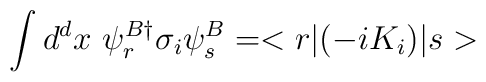
\int d^d x~\psi_r^{B\dagger} \sigma_i \psi_s^B = <r|(-iK_i) |s>